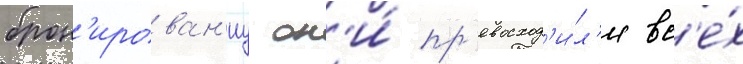
брон'ирован'иу он'и́ пр'евосход'и́л'и вс'е́х